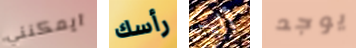
ايمكنني رأسك أليس يوجد